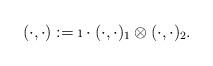
LaTeX: \begin{align*} (\cdot, \cdot) : = \i \cdot (\cdot,\cdot)_1 \otimes (\cdot,\cdot)_2. \end{align*}